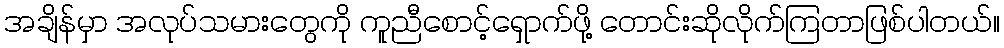
အချိန်မှာ အလုပ်သမားတွေကို ကူညီစောင့်ရှောက်ဖို့ တောင်းဆိုလိုက်ကြတာဖြစ်ပါတယ်။